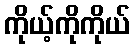
ကိုယ့်ကိုကိုယ်